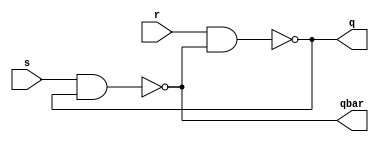
//SR-type latch:source code
// Author name:Mukti Mehta

module sr_latch(q,qbar,s,r);
input s,r;
output q,qbar;
assign q = ~(r & qbar);
assign qbar = ~(s & q);
endmodule